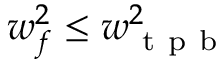
w _ { f } ^ { 2 } \leq w _ { \mathrm { ~ t ~ p ~ b ~ } } ^ { 2 }